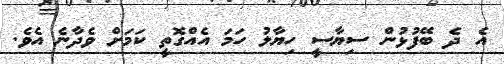
އެ ދެ ބޭފުޅުން ސިޔާސީ ހިޔާލު ހަމަ އެއްގޮތީ ކަމަށް ވެދާނެ އެވެ.